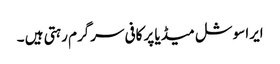
ایرا سوشل میڈیا پر کافی سرگرم رہتی ہیں ۔